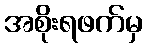
အစိုးရဖက်မှ